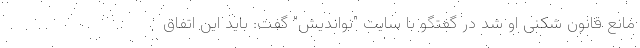
مانع قانون شکنی او شد در گفتگو با سایت "نواندیش" گفت: باید این اتفاق